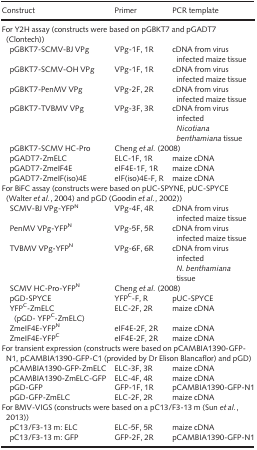
<table><thead><tr><td><b>Construct</b></td><td><b>Primer</b></td><td><b>PCR template</b></td></tr></thead><tbody><tr><td colspan="3">For Y2H assay (constructs were based on pGBKT7 and pGADT7 (Clontech))</td></tr><tr><td> pGBKT7-SCMV-BJ VPg</td><td>VPg-1F, 1R</td><td>cDNA from virus infected maize tissue</td></tr><tr><td> pGBKT7-SCMV-OH VPg</td><td>VPg-1F, 1R</td><td>cDNA from virus infected maize tissue</td></tr><tr><td> pGBKT7-PenMV VPg</td><td>VPg-2F, 2R</td><td>cDNA from virus infected maize tissue</td></tr><tr><td> pGBKT7-TVBMV VPg</td><td>VPg-3F, 3R</td><td>cDNA from virus infected <i>Nicotiana benthamiana</i> tissue</td></tr><tr><td> pGBKT7-SCMV HC-Pro</td><td colspan="2">Cheng <i>et al</i>. (2008)</td></tr><tr><td> pGADT7-ZmELC</td><td>ELC-1F, 1R</td><td>maize cDNA</td></tr><tr><td> pGADT7-ZmeIF4E</td><td>eIF4E-1F, 1R</td><td>maize cDNA</td></tr><tr><td> pGADT7-ZmeIF(iso)4E</td><td>eIF(iso)4E-F, R</td><td>maize cDNA</td></tr><tr><td colspan="3">For BiFC assay (constructs were based on pUC-SPYNE, pUC-SPYCE (Walter <i>et al</i>., 2004) and pGD (Goodin <i>et al</i>., 2002))</td></tr><tr><td> SCMV-BJ VPg-YFP<sup>N</sup></td><td>VPg-4F, 4R</td><td>cDNA from virus infected maize tissue</td></tr><tr><td> PenMV VPg-YFP<sup>N</sup></td><td>VPg-5F, 5R</td><td>cDNA from virus infected maize tissue</td></tr><tr><td> TVBMV VPg-YFP<sup>N</sup></td><td>VPg-6F, 6R</td><td>cDNA from virus infected <i>N. benthamiana</i> tissue</td></tr><tr><td> SCMV HC-Pro-YFP<sup>N</sup></td><td colspan="2">Cheng <i>et al</i>. (2008)</td></tr><tr><td> pGD-SPYCE</td><td>YFP<sup>C</sup>-F, R</td><td>pUC-SPYCE</td></tr><tr><td> YFP<sup>C</sup>-ZmELC (pGD- YFP<sup>C</sup>-ZmELC)</td><td>ELC-2F, 2R</td><td>maize cDNA</td></tr><tr><td> ZmeIF4E-YFP<sup>N</sup></td><td>eIF4E-2F, 2R</td><td>maize cDNA</td></tr><tr><td> ZmeIF4E-YFP<sup>C</sup></td><td>eIF4E-2F, 2R</td><td>maize cDNA</td></tr><tr><td colspan="3">For transient expression (constructs were based on pCAMBIA1390-GFP-N1, pCAMBIA1390-GFP-C1 (provided by Dr Elison Blancaflor) and pGD)</td></tr><tr><td> pCAMBIA1390-GFP-ZmELC</td><td>ELC-3F, 3R</td><td>maize cDNA</td></tr><tr><td> pCAMBIA1390-ZmELC-GFP</td><td>ELC-4F, 4R</td><td>maize cDNA</td></tr><tr><td> pGD-GFP</td><td>GFP-1F, 1R</td><td>pCAMBIA1390-GFP-N1</td></tr><tr><td> pGD-GFP-ZmELC</td><td>ELC-2F, 2R</td><td>maize cDNA</td></tr><tr><td colspan="3">For BMV-VIGS (constructs were based on a pC13/F3-13 m (Sun <i>et al</i>., 2013))</td></tr><tr><td> pC13/F3-13 m: ELC</td><td>ELC-5F, 5R</td><td>maize cDNA</td></tr><tr><td> pC13/F3-13 m: GFP</td><td>GFP-2F, 2R</td><td>pCAMBIA1390-GFP-N1</td></tr></tbody></table>